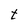
Character: t